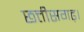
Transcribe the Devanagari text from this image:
छत्तीसगढ़।